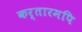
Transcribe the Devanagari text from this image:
कर्तारमपि